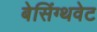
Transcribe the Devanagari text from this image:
बेसिंग्थवेट